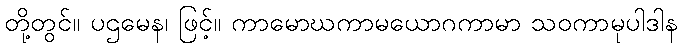
တို့တွင်။ ပဌမေန၊ ဖြင့်။ ကာမောဃကာမယောဂကာမာ သဝကာမုပါဒါန